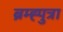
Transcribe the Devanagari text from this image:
ब्रम्ह्पुत्रा